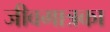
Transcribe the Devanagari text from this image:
जीवमात्रका